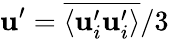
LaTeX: \mathbf{u}^{\prime}=\overline{{{\langle\mathbf{u}_{i}^{\prime}\mathbf{u}_{i}^{\prime}\rangle}}}/3